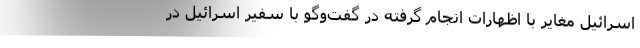
اسرائیل مغایر با اظهارات انجام گرفته در گفت‌وگو با سفیر اسرائیل در